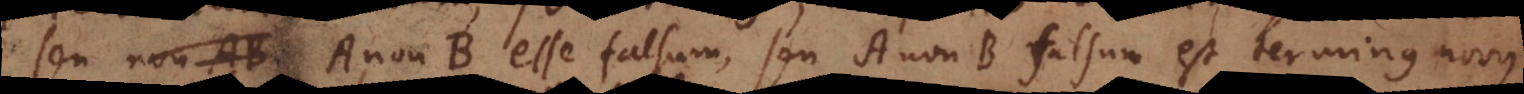
seu A non‐B esse falsum, seu A non‐B falsum est terminus novus.